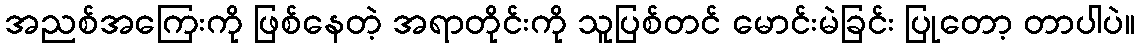
အညစ်အကြေးကို ဖြစ်နေတဲ့ အရာတိုင်းကို သူပြစ်တင် မောင်းမဲခြင်း ပြုတော့ တာပါပဲ။